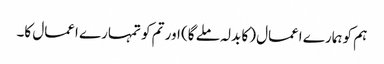
ہم کو ہمارے اعمال (کا بدلہ ملے گا) اور تم کو تمہارے اعمال کا۔